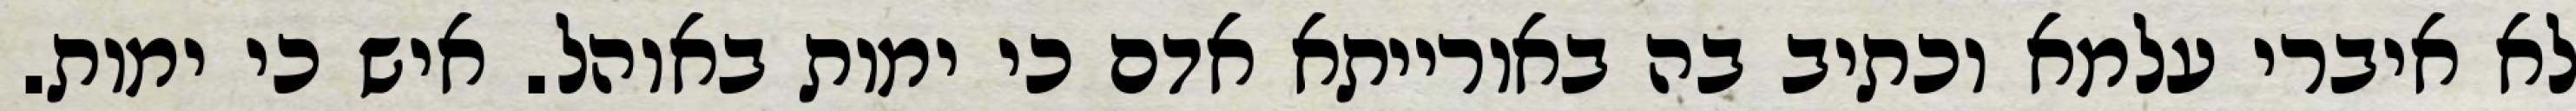
לא איברי עלמא וכתיב בה באורייתא אדם כי ימות באוהל. איש כי ימות.